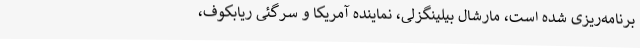
برنامه‌ریزی شده است، مارشال بیلینگزلی، نماینده آمریکا و سرگئی ریابکوف،